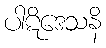
ပါဋိဒေသနိ